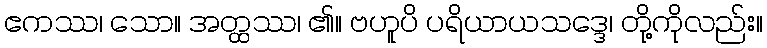
ဧကဿ၊ သော။ အတ္ထဿ၊ ၏။ ဗဟူပိ ပရိယာယသဒ္ဒေ၊ တို့ကိုလည်း။